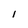
Character: l